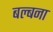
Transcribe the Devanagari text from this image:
बल्बना